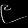
Digit: ၉